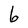
Character: 6